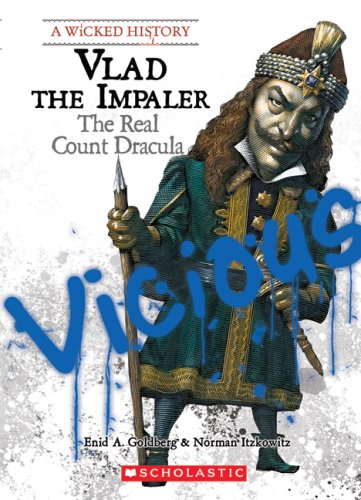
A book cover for Vlad the Impaler: The Real Count Dracula (Wicked History); Enid A. Goldberg; Teen & Young Adult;